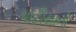
પાટીયાનો